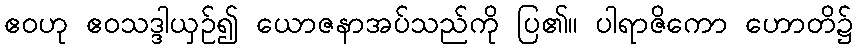
ဧဝဟု ဧဝသဒ္ဒါယှဉ်၍ ယောဇနာအပ်သည်ကို ပြ၏။ ပါရာဇိကော ဟောတိ၌